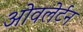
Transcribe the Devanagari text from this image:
ओवलेर्टन